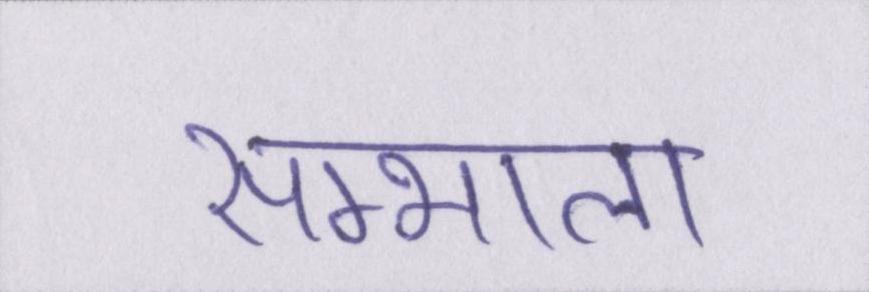
सम्भाला